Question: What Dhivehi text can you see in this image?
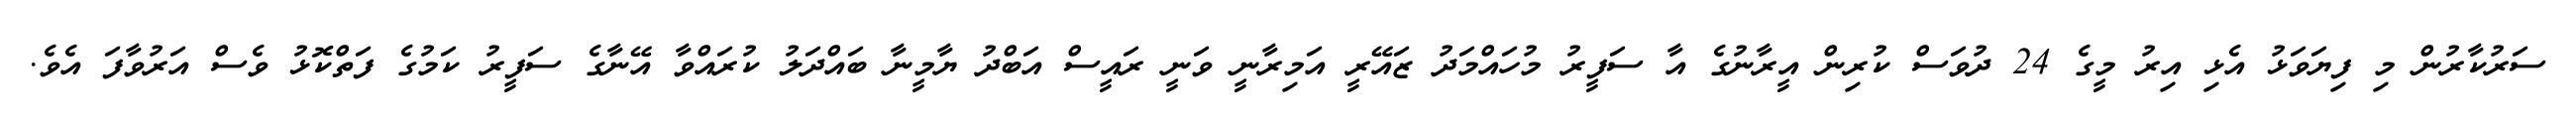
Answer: ސަރުކާރުން މި ފިޔަވަޅު އެޅި އިރު މީގެ 24 ދުވަސް ކުރިން އީރާނުގެ އާ ސަފީރު މުހައްމަދު ޒައޭރީ އަމިރާނީ ވަނީ ރައީސް އަބްދު ޔާމީނާ ބައްދަލު ކުރައްވާ އޭނާގެ ސަފީރު ކަމުގެ ފަތްކޮޅު ވެސް އަރުވާފަ އެވެ.